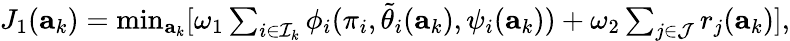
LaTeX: \begin{array}{r}{J_{1}(\mathbf{a}_{k})=\operatorname*{min}_{\mathbf{a}_{k}}[\omega_{1}\sum_{i\in\mathcal{I}_{k}}\phi_{i}(\pi_{i},\tilde{\theta}_{i}(\mathbf{a}_{k}),\psi_{i}(\mathbf{a}_{k}))+\omega_{2}\sum_{j\in\mathcal{J}}r_{j}(\mathbf{a}_{k})],}\end{array}